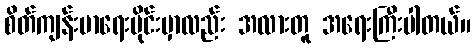
စိတ်ကျန်းမာရေးပိုင်းမှာလည်း အလားတူ အရေးကြီးပါတယ်။